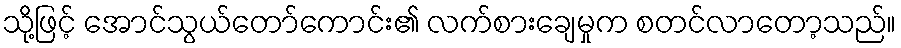
သို့ဖြင့် အောင်သွယ်တော်ကောင်း၏ လက်စားချေမှုက စတင်လာတော့သည်။